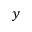
y